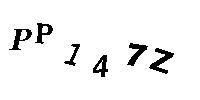
PP147Z